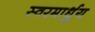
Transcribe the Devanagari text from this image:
स्‍वरमार्धुय